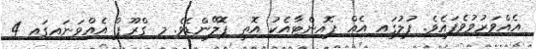
އެއްވަރުވުވެފައެވެ. ފުލުގައި އެއް ޕޮއިންޓާއެކު އޮތީ ޕޮލޭންޑެވެ. މި ގްރޫޕް އެއްވަނައިގައި 4